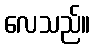
လေသည်။